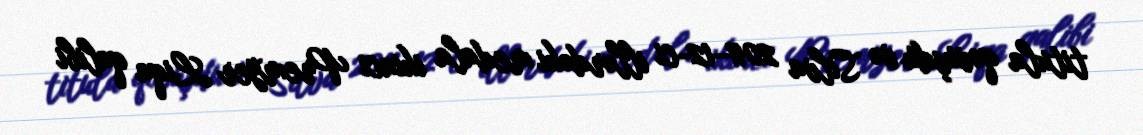
titula qovuşdu və Silva 2011–12-ci illərdəki medala ikinci Premyer Liqa qalibi